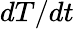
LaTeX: dT/dt